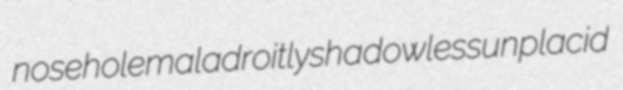
nosehole maladroitly shadowless unplacid